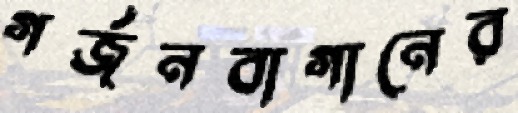
গর্জনবাগানের